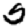
Digit: 5